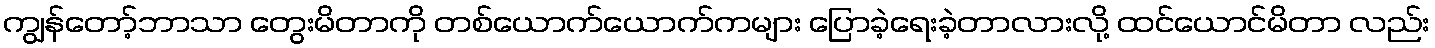
ကျွန်တော့်ဘာသာ တွေးမိတာကို တစ်ယောက်ယောက်ကများ ပြောခဲ့ရေးခဲ့တာလားလို့ ထင်ယောင်မိတာ လည်း